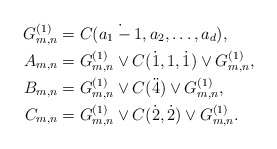
\begin{align*} G^{(1)}_{m,n}&=C(\dot{a_1-1},a_2,\ldots,a_d),\\ A_{m,n} &=G^{(1)}_{m,n}\vee C(\dot1,1,\dot1)\vee G^{(1)}_{m,n},\\ B_{m,n} &=G^{(1)}_{m,n}\vee C(\ddot4)\vee G^{(1)}_{m,n},\\ C_{m,n} &=G^{(1)}_{m,n}\vee C(\dot2,\dot2)\vee G^{(1)}_{m,n}. \end{align*}